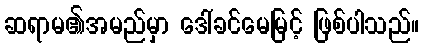
ဆရာမ၏အမည်မှာ ဒေါ်ခင်မေမြင့် ဖြစ်ပါသည်။